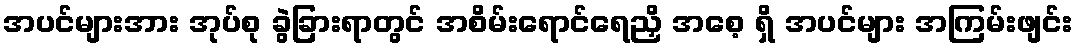
အပင်များအား အုပ်စု ခွဲခြားရာတွင် အစိမ်းရောင်ရေညှိ အစေ့ ရှိ အပင်များ အကြမ်းဖျင်း